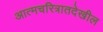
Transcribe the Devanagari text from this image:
आत्मचरित्रातदेखील